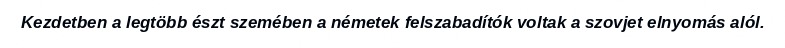
Kezdetben a legtöbb észt szemében a németek felszabadítók voltak a szovjet elnyomás alól.